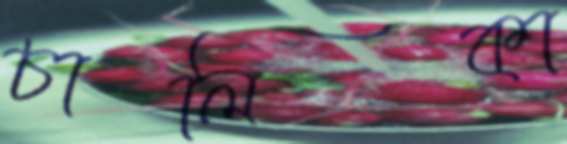
চালিকা